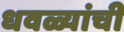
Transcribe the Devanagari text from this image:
धवळ्यांची